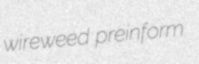
wireweed preinform